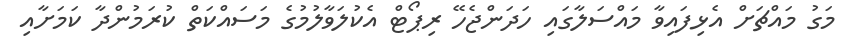
މަގު މައްޗަށް އެޅިފައިވާ މައްސަލާގައި ހަދަންޖެހޭ ރިޕޯޓް އެކުލަވާލުމުގެ މަސައްކަތް ކުރަމުންދާ ކަމަށާއި